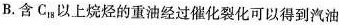
B.含C_{18}以上烷烃的重油经过催化裂化可以得到汽油